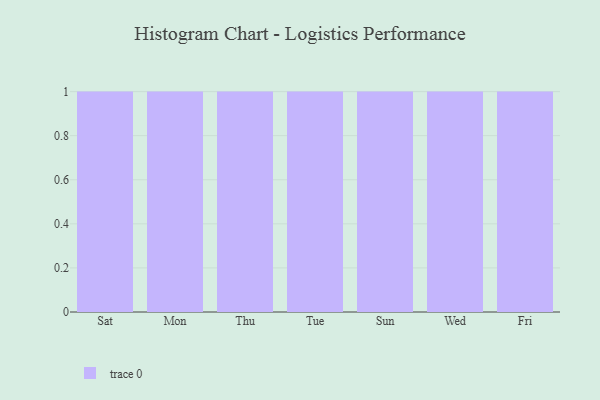
{"axis": {"x": "Day", "y": "Energy Usage (MWh)"}, "legend": [""], "data": [{"x": "Sat", "y": 19, "type": ""}, {"x": "Mon", "y": 22, "type": ""}, {"x": "Thu", "y": 11, "type": ""}, {"x": "Tue", "y": 86, "type": ""}, {"x": "Sun", "y": 23, "type": ""}, {"x": "Wed", "y": 94, "type": ""}, {"x": "Fri", "y": 37, "type": ""}]}